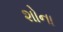
શોના